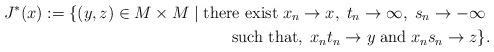
LaTeX: \begin{align*}J^*(x):=\{(y,z)\in M\times M \mid \mbox{there exist}\; x_n\to x,\;t_n\to\infty,\;s_n\to-\infty\;\\\mbox{such that},\; x_nt_n\to y\;\mbox{and}\;x_ns_n\to z\}.\end{align*}